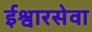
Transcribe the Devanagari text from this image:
ईश्वारसेवा